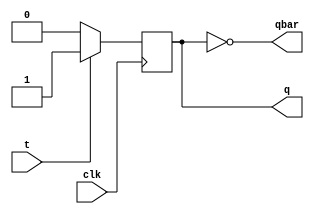
`timescale 1ns / 1ps
//////////////////////////////////////////////////////////////////////////////////
// Company: 
// 
// Design Name: 
// Module Name: TFF
// Project Name: 
// Target Devices: 
// Tool Versions: 
// Description: 
// 
// Dependencies: 
// 
// Revision:
// Revision 0.01 - File Created
// Additional Comments:
// 
//////////////////////////////////////////////////////////////////////////////////


module TFF(t,clk,q,qbar);
input t,clk;
output reg q;
output qbar;

always@(posedge clk) 
begin
    q = 0;
    if(t==1)
        q = ~q;
    else 
        q = q;
    end
    assign qbar = ~q;
    endmodule